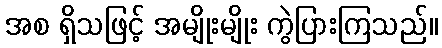
အစ ရှိသဖြင့် အမျိုးမျိုး ကွဲပြားကြသည်။